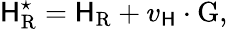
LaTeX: {\cal\mathsf{H}}_{\mathrm{{R}}}^{\star}={\cal\mathsf{H}}_{\mathrm{{R}}}+v_{\mathrm{{\mathsf{H}}}}\cdot\mathrm{{G}},